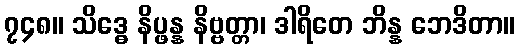
၇၄၈။ သိဒ္ဓေ နိပ္ဖန္န နိဗ္ဗတ္တာ၊ ဒါရိတေ ဘိန္န ဘေဒိတာ။